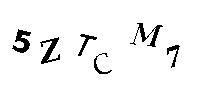
5ZTCM7